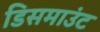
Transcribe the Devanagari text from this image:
डिसमाउंट